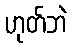
ဟုတ်ဘဲ